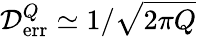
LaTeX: {\cal D}_{\mathrm{err}}^{Q}\simeq 1/\sqrt{2\pi Q}